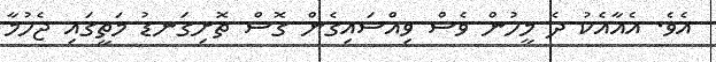
އެވެ. އެއާއެކު ދެ މީހުން ވެސް ވިއްސައިގެން ގޮސް ތޮށިގަނޑު މަތީގައި ޖެހުމާ